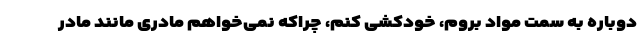
دوباره به سمت مواد بروم، خودکشی کنم، چراکه نمی‌خواهم مادری مانند مادر